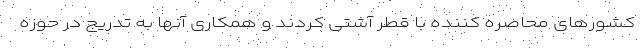
کشورهای محاصره کننده با قطر آشتی کردند و همکاری آنها به تدریج در حوزه